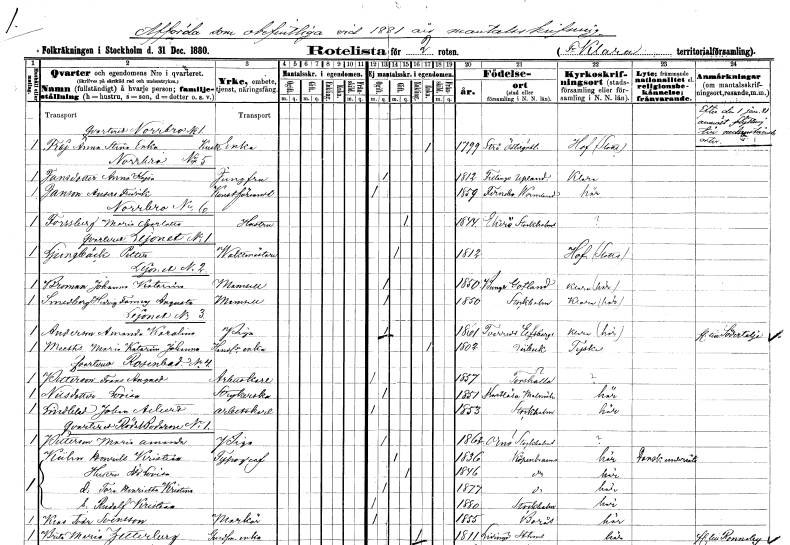
gt_parse: households: individuals: FN: Anna Stina
EN: Frej
YRKE: Kuskänka
KON: K
CIV: E
FODAR: 1799
FODFORS: Strå Östergötlands län
FN: Anna Kajsa
EN: Jansdotter
YRKE: Jungfru
KON: K
CIV: O
FODAR: 1812
FODFORS: Tillinge Uppsala län
FN: Anders Fredrik
EN: Janson
YRKE: Konstförvandt
KON: M
CIV: O
FODAR: 1859
FODFORS: Färnebo Värmlands län
FN: Maria Charlotta
EN: Forssberg
YRKE: Hustru
KON: K
CIV: G
FODAR: 1844
FODFORS: Ekerö Stockholms län
FN: Petter
EN: Ljungbäck
YRKE: Vaktmästare
KON: M
CIV: G
FODAR: 1812
FN: Johanna Katarina
EN: Broman
KON: K
CIV: O
FODAR: 1850
FODFORS: Bunge Gotlands län
FN: Hedvig Fanny Augusta
EN: Smedberg
KON: K
CIV: O
FODAR: 1850
FODFORS: Stockholm
FN: Amanda Karolina
YRKE: Piga
KON: K
CIV: O
FODAR: 1861
FODFORS: Tvärred Älvsborgs län
FN: Maria Katarina Johanna
EN: Meeths
YRKE: Handlareänka
KON: K
CIV: E
FODAR: 1802
FN: Frans August
EN: Pettersson
YRKE: Arbetskarl
KON: M
CIV: O
FODAR: 1857
FODFORS: Torshälla Södermanlands län
FN: Lovisa
EN: Nilsdotter
YRKE: Strykerska
KON: K
CIV: O
FODAR: 1851
FODFORS: Risekatslösa Malmöhus län
FN: Johan Albert
EN: Lindblad
YRKE: Arbetskarl
KON: M
CIV: O
FODAR: 1853
FODFORS: Stockholm
FN: Maria Amanda
EN: Pettersson
YRKE: Piga
KON: K
CIV: O
FODAR: 1862
FODFORS: Ornö Stockholms län
FN: Henrik Kristian
EN: Kühn
YRKE: Typograf
KON: M
CIV: G
FODAR: 1836
FN: Ida Lovisa
KON: K
CIV: G
FODAR: 1846
FN: Tora Henrietta Kristina
KON: K
CIV: O
FODAR: 1877
FN: Rudolf Kristian
KON: M
CIV: O
FODAR: 1880
FODFORS: Stockholm
FN: Klas Ivar
EN: Svensson
YRKE: Markör
KON: M
CIV: O
FODAR: 1855
FODFORS: Borås Älvsborgs län